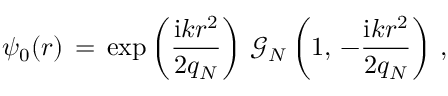
\begin{array} { l } { \displaystyle \psi _ { 0 } ( \boldsymbol { r } ) \, = \, \exp \left( \frac { \mathrm { i } k r ^ { 2 } } { 2 q _ { N } } \right) \, \mathcal { G } _ { N } \left( 1 , \, - \frac { \mathrm { i } k r ^ { 2 } } { 2 q _ { N } } \right) \, , } \end{array}